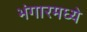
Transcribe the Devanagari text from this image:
भंगारमध्ये